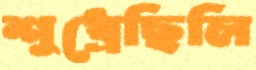
শুধ্‌রেছিলি